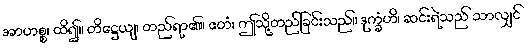
အာဟစ္စ၊ ထိ၍။ တိဋ္ဌေယျ၊ တည်ရာ၏။ ဧတံ၊ ဤသို့တည်ခြင်းသည်။ ဒုက္ခံဟိ၊ ဆင်းရဲသည် သာလျှင်